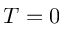
T = 0